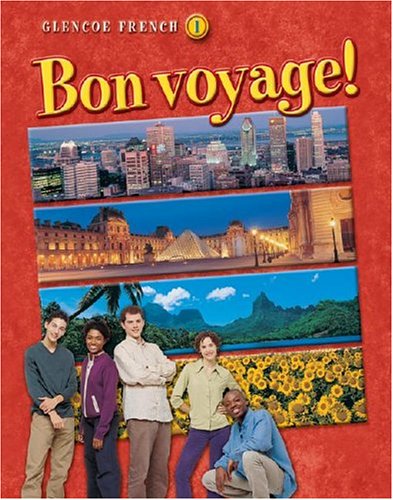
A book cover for Bon voyage! Level 1, Student Edition (GLENCOE FRENCH); McGraw-Hill Education; Teen & Young Adult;